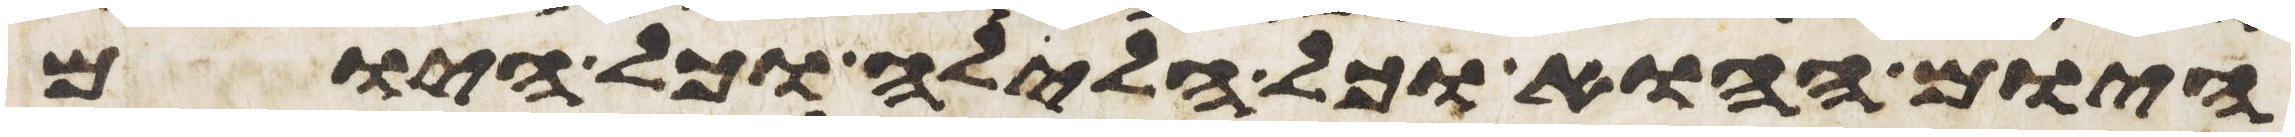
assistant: היום ההוא וכל הלילה וכל היום